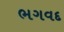
ભગવદ